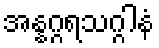
အန္နဂ္ဂရသဂ္ဂါနံ